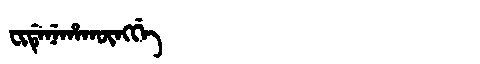
Manchu: ᠸᡳᡩᡝᠨᡝᡥᠠᡴᡡᠩᡤᡝ
Romanization: FIDENEHAKŪNGGE